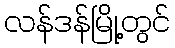
လန်ဒန်မြို့တွင်